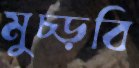
মুচ্‌ড়বি